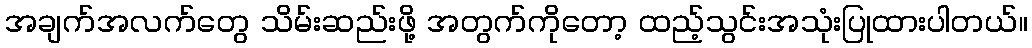
အချက်အလက်တွေ သိမ်းဆည်းဖို့ အတွက်ကိုတော့ ထည့်သွင်းအသုံးပြုထားပါတယ်။